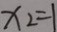
x _ { 2 } = 1